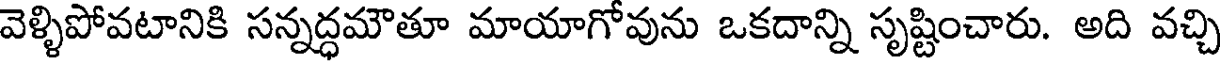
వెళ్ళిపోవటానికి సన్నద్ధమౌతూ మాయాగోవును ఒకదాన్ని సృష్టించారు. అది వచ్చి